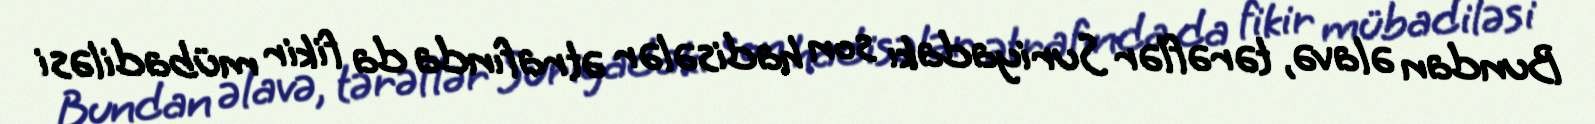
Bundan əlavə, tərəflər Suriyadakı son hadisələr ətrafında da fikir mübadiləsi